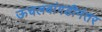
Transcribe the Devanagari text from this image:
ऊचलबांगडीनंतर